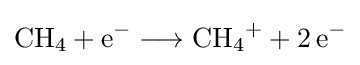
{\mathrm {CH} {\vphantom {A}}_{\smash[{t}]{4}}{}+{}\mathrm {e} {\vphantom {A}}^{-}{}\mathrel {\longrightarrow } {}\mathrm {CH} {\vphantom {A}}_{\smash[{t}]{4}}{\vphantom {A}}^{+}{}+{}2\,\mathrm {e} {\vphantom {A}}^{-}}